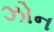
ઝોન